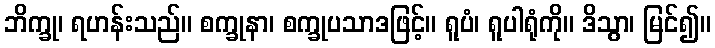
ဘိက္ခု၊ ရဟန်းသည်။ စက္ခုနာ၊ စက္ခုပသာဒဖြင့်။ ရူပံ၊ ရူပါရုံကို။ ဒိသွာ၊ မြင်၍။